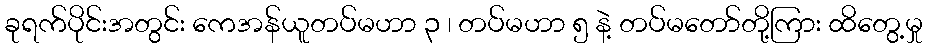
ခုရက်ပိုင်းအတွင်း ကေအန်ယူတပ်မဟာ ၃ ၊ တပ်မဟာ ၅ နဲ့ တပ်မတော်တို့ကြား ထိတွေ့မှု